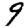
Digit: 9